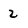
Character: 2